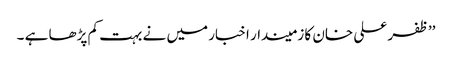
’’ظفر علی خان کا زمیندار اخبار میں نے بہت کم پڑھا ہے ۔